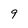
Character: 9